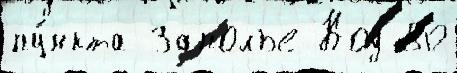
пу́нкта Заполье Код 80